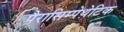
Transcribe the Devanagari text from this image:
पैरासिम्पेथेटिक